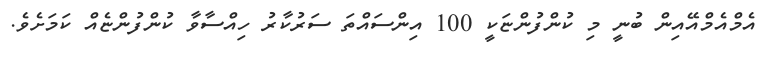
އެމްއެމްއޭއިން ބުނީ މި ކުންފުންޏަކީ 100 އިންސައްތަ ސަރުކާރު ހިއްސާވާ ކުންފުންޏެއް ކަމަށެވެ.